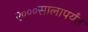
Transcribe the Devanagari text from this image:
२०००सालापर्यंत